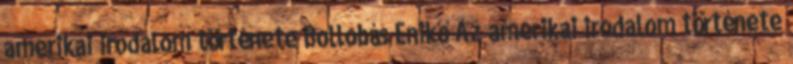
amerikai irodalom története Bollobás Enikő Az amerikai irodalom története